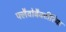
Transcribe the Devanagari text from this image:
फ्लैवोबैक्टीरिया